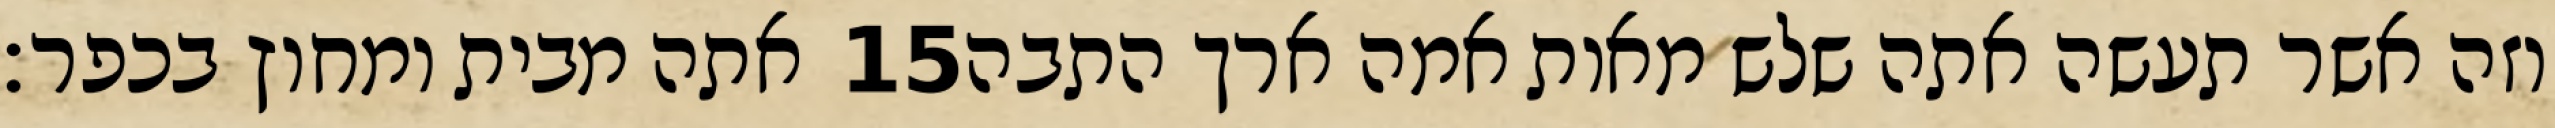
אתה מבית ומחוץ בכפר׃ ‎15‏ וזה אשר תעשה אתה שלש מאות אמה ארך התבה